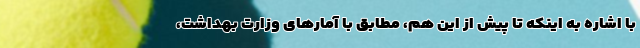
با اشاره به اینکه تا پیش از این هم، مطابق با آمارهای وزارت بهداشت،